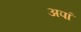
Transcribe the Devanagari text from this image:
अपां